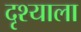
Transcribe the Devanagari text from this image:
दृश्‍याला